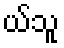
ယ်သူ